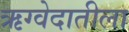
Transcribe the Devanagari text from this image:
ऋग्वेदातीला